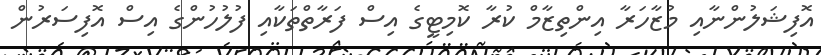
އޮފިޝަލުންނާއި މުޒާހަރާ އިންތިޒާމް ކުރާ ކޮމިޓީގެ އިސް ފަރާތްތަކާއި ފުލުހުންގެ އިސް އޮފިސަރުން